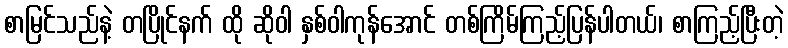
စာမြင်သည်နဲ့ တပြိုင်နက် ထို ဆိုဝါ နှစ်ဝါကုန်အောင် တစ်ကြိမ်ကြည့်ပြန်ပါတယ်၊ စာကြည့်ပြီးတဲ့